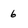
Character: 6